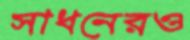
সাধনেরও